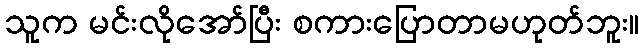
သူက မင်းလိုအော်ပြီး စကားပြောတာမဟုတ်ဘူး။